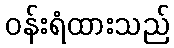
ဝန်းရံထားသည်